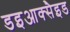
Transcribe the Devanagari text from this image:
डइआक्सैइड